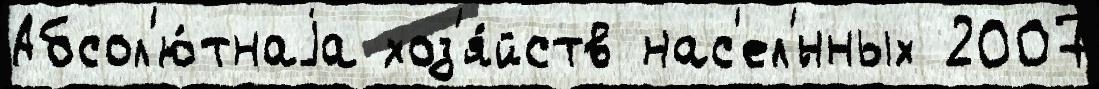
Абсол'ю́тнаjа хоз'я́йств нас'ел'́нных 2007